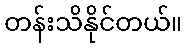
တန်းသိနိုင်တယ်။